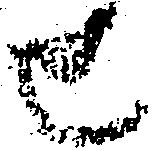
せ